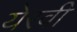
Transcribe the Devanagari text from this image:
येरवी